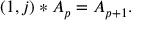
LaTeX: \left( 1 , j \right) \ast A _ { p } = A _ { p + 1 } .